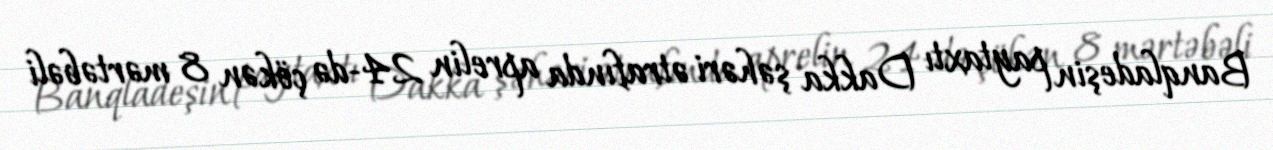
Banqladeşin paytaxtı Dakka şəhəri ətrafında aprelin 24-də çökən 8 mərtəbəli